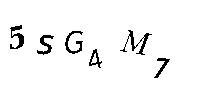
5SG4M7